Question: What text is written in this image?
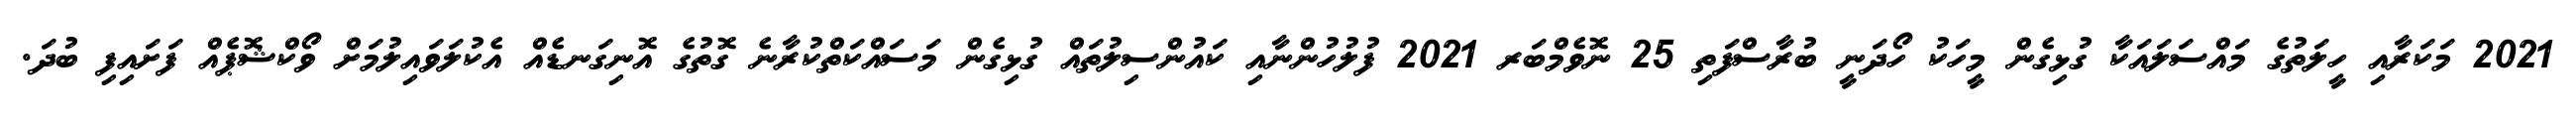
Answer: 2021 މަކަރާއި ހީލަތުގެ މައްސަލައަކާ ގުޅިގެން މީހަކު ހޯދަނީ ބުރާސްފަތި 25 ނޮވެމްބަރ 2021 ފުލުހުންނާއި ކައުންސިލުތައް ގުޅިގެން މަސައްކަތްކުރާނެ ގޮތުގެ އޮނިގަނޑެއް އެކުލަވައިލުމަށް ވޯކްޝޮޕެއް ފަށައިފި ބުދަ.